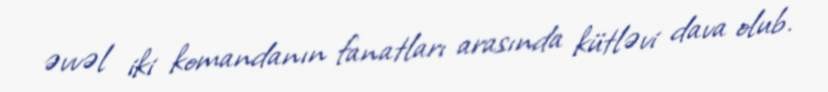
əvvəl iki komandanın fanatları arasında kütləvi dava olub.